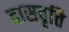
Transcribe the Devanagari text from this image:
दासवृत्ति